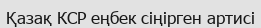
Қазақ КСР еңбек сіңірген артисі